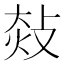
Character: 𢽀